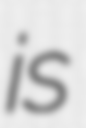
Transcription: is